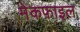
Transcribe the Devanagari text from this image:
मेकफ़ाइल